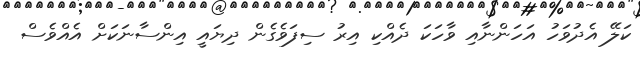
ކަލޭ އެދުވަހު އަހަންނާއި ވާހަކަ ދެއްކި އިރު ސިފަވެގެން ދިޔައީ އިންސާނަކަށް އެއްވެސް